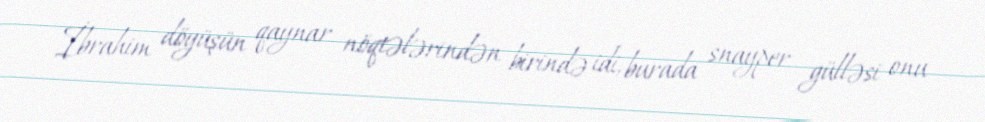
İbrahim döyüşün qaynar nöqtələrindən birində idi, burada snayper gülləsi onu